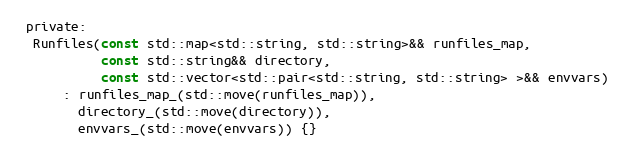
Language: C
 private:
  Runfiles(const std::map<std::string, std::string>&& runfiles_map,
           const std::string&& directory,
           const std::vector<std::pair<std::string, std::string> >&& envvars)
      : runfiles_map_(std::move(runfiles_map)),
        directory_(std::move(directory)),
        envvars_(std::move(envvars)) {}